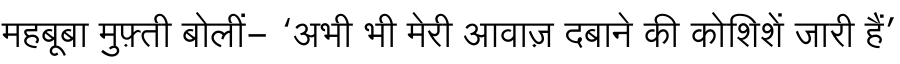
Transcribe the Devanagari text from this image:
महबूबा मुफ़्ती बोलीं- ‘अभी भी मेरी आवाज़ दबाने की कोशिशें जारी हैं’